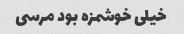
خیلی خوشمزه بود مرسی